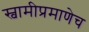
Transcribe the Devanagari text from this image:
स्वामीप्रमाणेच